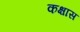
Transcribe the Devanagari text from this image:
कक्षास